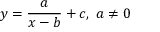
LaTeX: y = { \frac { a } { x - b } } + c , \ a \neq 0